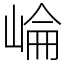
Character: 崘